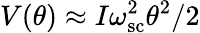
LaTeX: V(\theta)\approx I\omega_{\mathrm{sc}}^{2}\theta^{2}/2